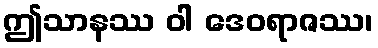
ဤသာနဿ ဝါ ဒေဝရာဇဿ၊